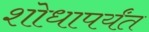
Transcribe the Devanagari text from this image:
शोधापर्यंत